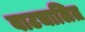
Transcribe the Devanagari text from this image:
वाटचालित